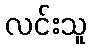
လင်းသူ